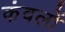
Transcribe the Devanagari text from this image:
कंवलों